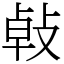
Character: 㪕